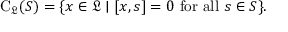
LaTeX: \mathrm { C } _ { \mathfrak { L } } ( S ) = \{ x \in { \mathfrak { L } } \mid [ x , s ] = 0 { \mathrm { ~ f o r ~ a l l ~ } } s \in S \} .